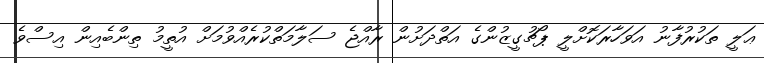
ޢަލީ ތަކުރުފާނު އަވަހާރަކޮށްލީ ޕޯޗުގީޒުންގެ އަތްދަށުން ރާއްޖެ ސަލާމަތްކުރެއްވުމަށް އުތީމު ތިންބެއިން އިސްވެ